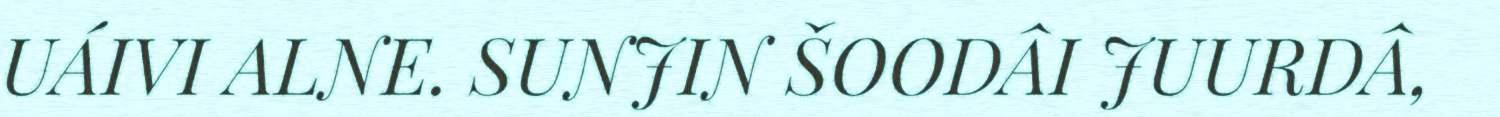
UÁIVI ALNE. SUNJIN ŠOODÂI JUURDÂ,